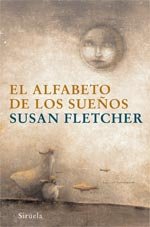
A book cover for El alfabeto de los suenos / Alphabet of Dreams (Las Tres Edades / Three Ages) (Spanish Edition); Susan Fletcher; Teen & Young Adult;